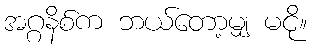
အဂ္ဂနိစ်က ဘယ်တော့မျှ မငို။